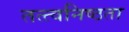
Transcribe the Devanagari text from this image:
तत्त्वनिष्ठता